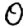
Digit: 0